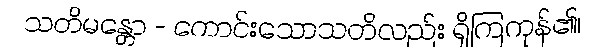
သတိမန္တော - ကောင်းသောသတိလည်း ရှိကြကုန်၏၊